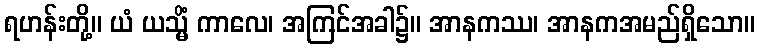
ရဟန်းတို့။ ယံ ယသ္မိံ ကာလေ၊ အကြင်အခါ၌။ အာနကဿ၊ အာနကအမည်ရှိသော။